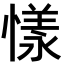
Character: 𢟣